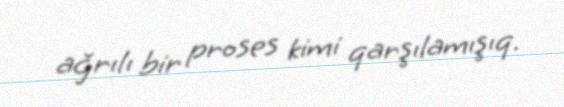
ağrılı bir proses kimi qarşılamışıq.